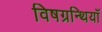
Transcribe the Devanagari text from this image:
विषग्रन्थियाँ